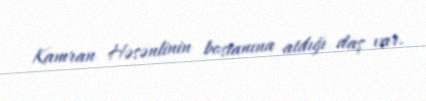
Kamran Həsənlinin bostanına atdığı daş var.